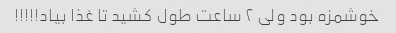
خوشمزه بود ولی ۲ ساعت طول کشید تا غذا بیاد!!!!!